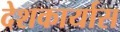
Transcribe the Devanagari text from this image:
देशकार्यास